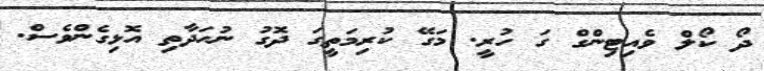
ދޯ ކޯލް ވެއިޓިންގް ގަ ހުރީ. މަގޭ ކުރިމަތީގަ ދޮގު ނުހަދާތި އޮޅިގެންވެސް.